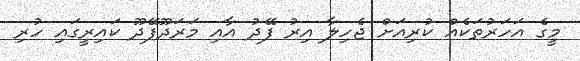
މީގެ އަހަރުތަކެއް ކުރިއަށް ޖެހިލާ އިރު ފޭދު އާއި މަރަދޫފޭދޫ ކައިރީގައި ހުރި